Document type: Dowry acquittance
Year: 1427
Scribe: Pere Tarafa
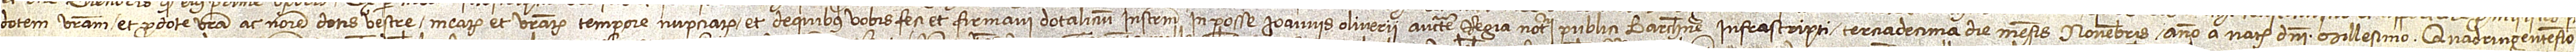
dotem vestram et pro dote vestra ac nomine dotis vestre mearum et vestrarum tempore nupciarum, et de quibus vobis feci et firmari dotalium instrumentum in posse Ioannis Oliverii, auctoritate regia notarii publici Barchinone, infrascripti, terciadecima die mensis novembris, anno a Nativitate Domini millesimo quadringentesimo